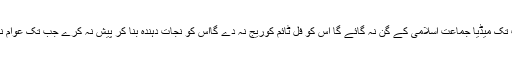
ان لوگوں کا خیال ہے کہ جب تک میڈیا جماعت اسلامی کے گن نہ گائے گا اس کو فل ٹائم کوریج نہ دے گااس کو نجات دہندہ بنا کر پیش نہ کرے جب تک عوام نہ مانے گی نہ سمجھے گی ؟